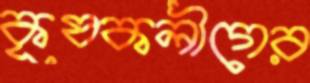
কৃষকলীগের